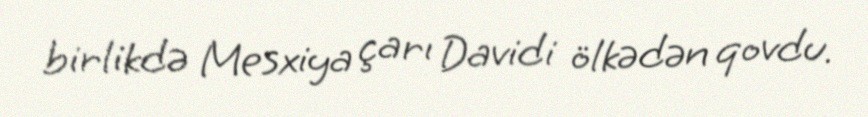
birlikdə Mesxiya çarı Davidi ölkədən qovdu.